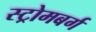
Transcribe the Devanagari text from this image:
स्ट्रोमबर्ग